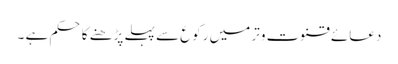
دعائے قنوت وتر میں رکوع سے پہلے پڑھنے کا حکم ہے ۔